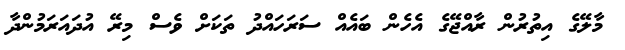
މާލޭގެ އިތުރުން ރާއްޖޭގެ އެހެން ބައެއް ސަރަހައްދު ތަކަށް ވެސް މިރޭ އުދައަރަމުންދާ